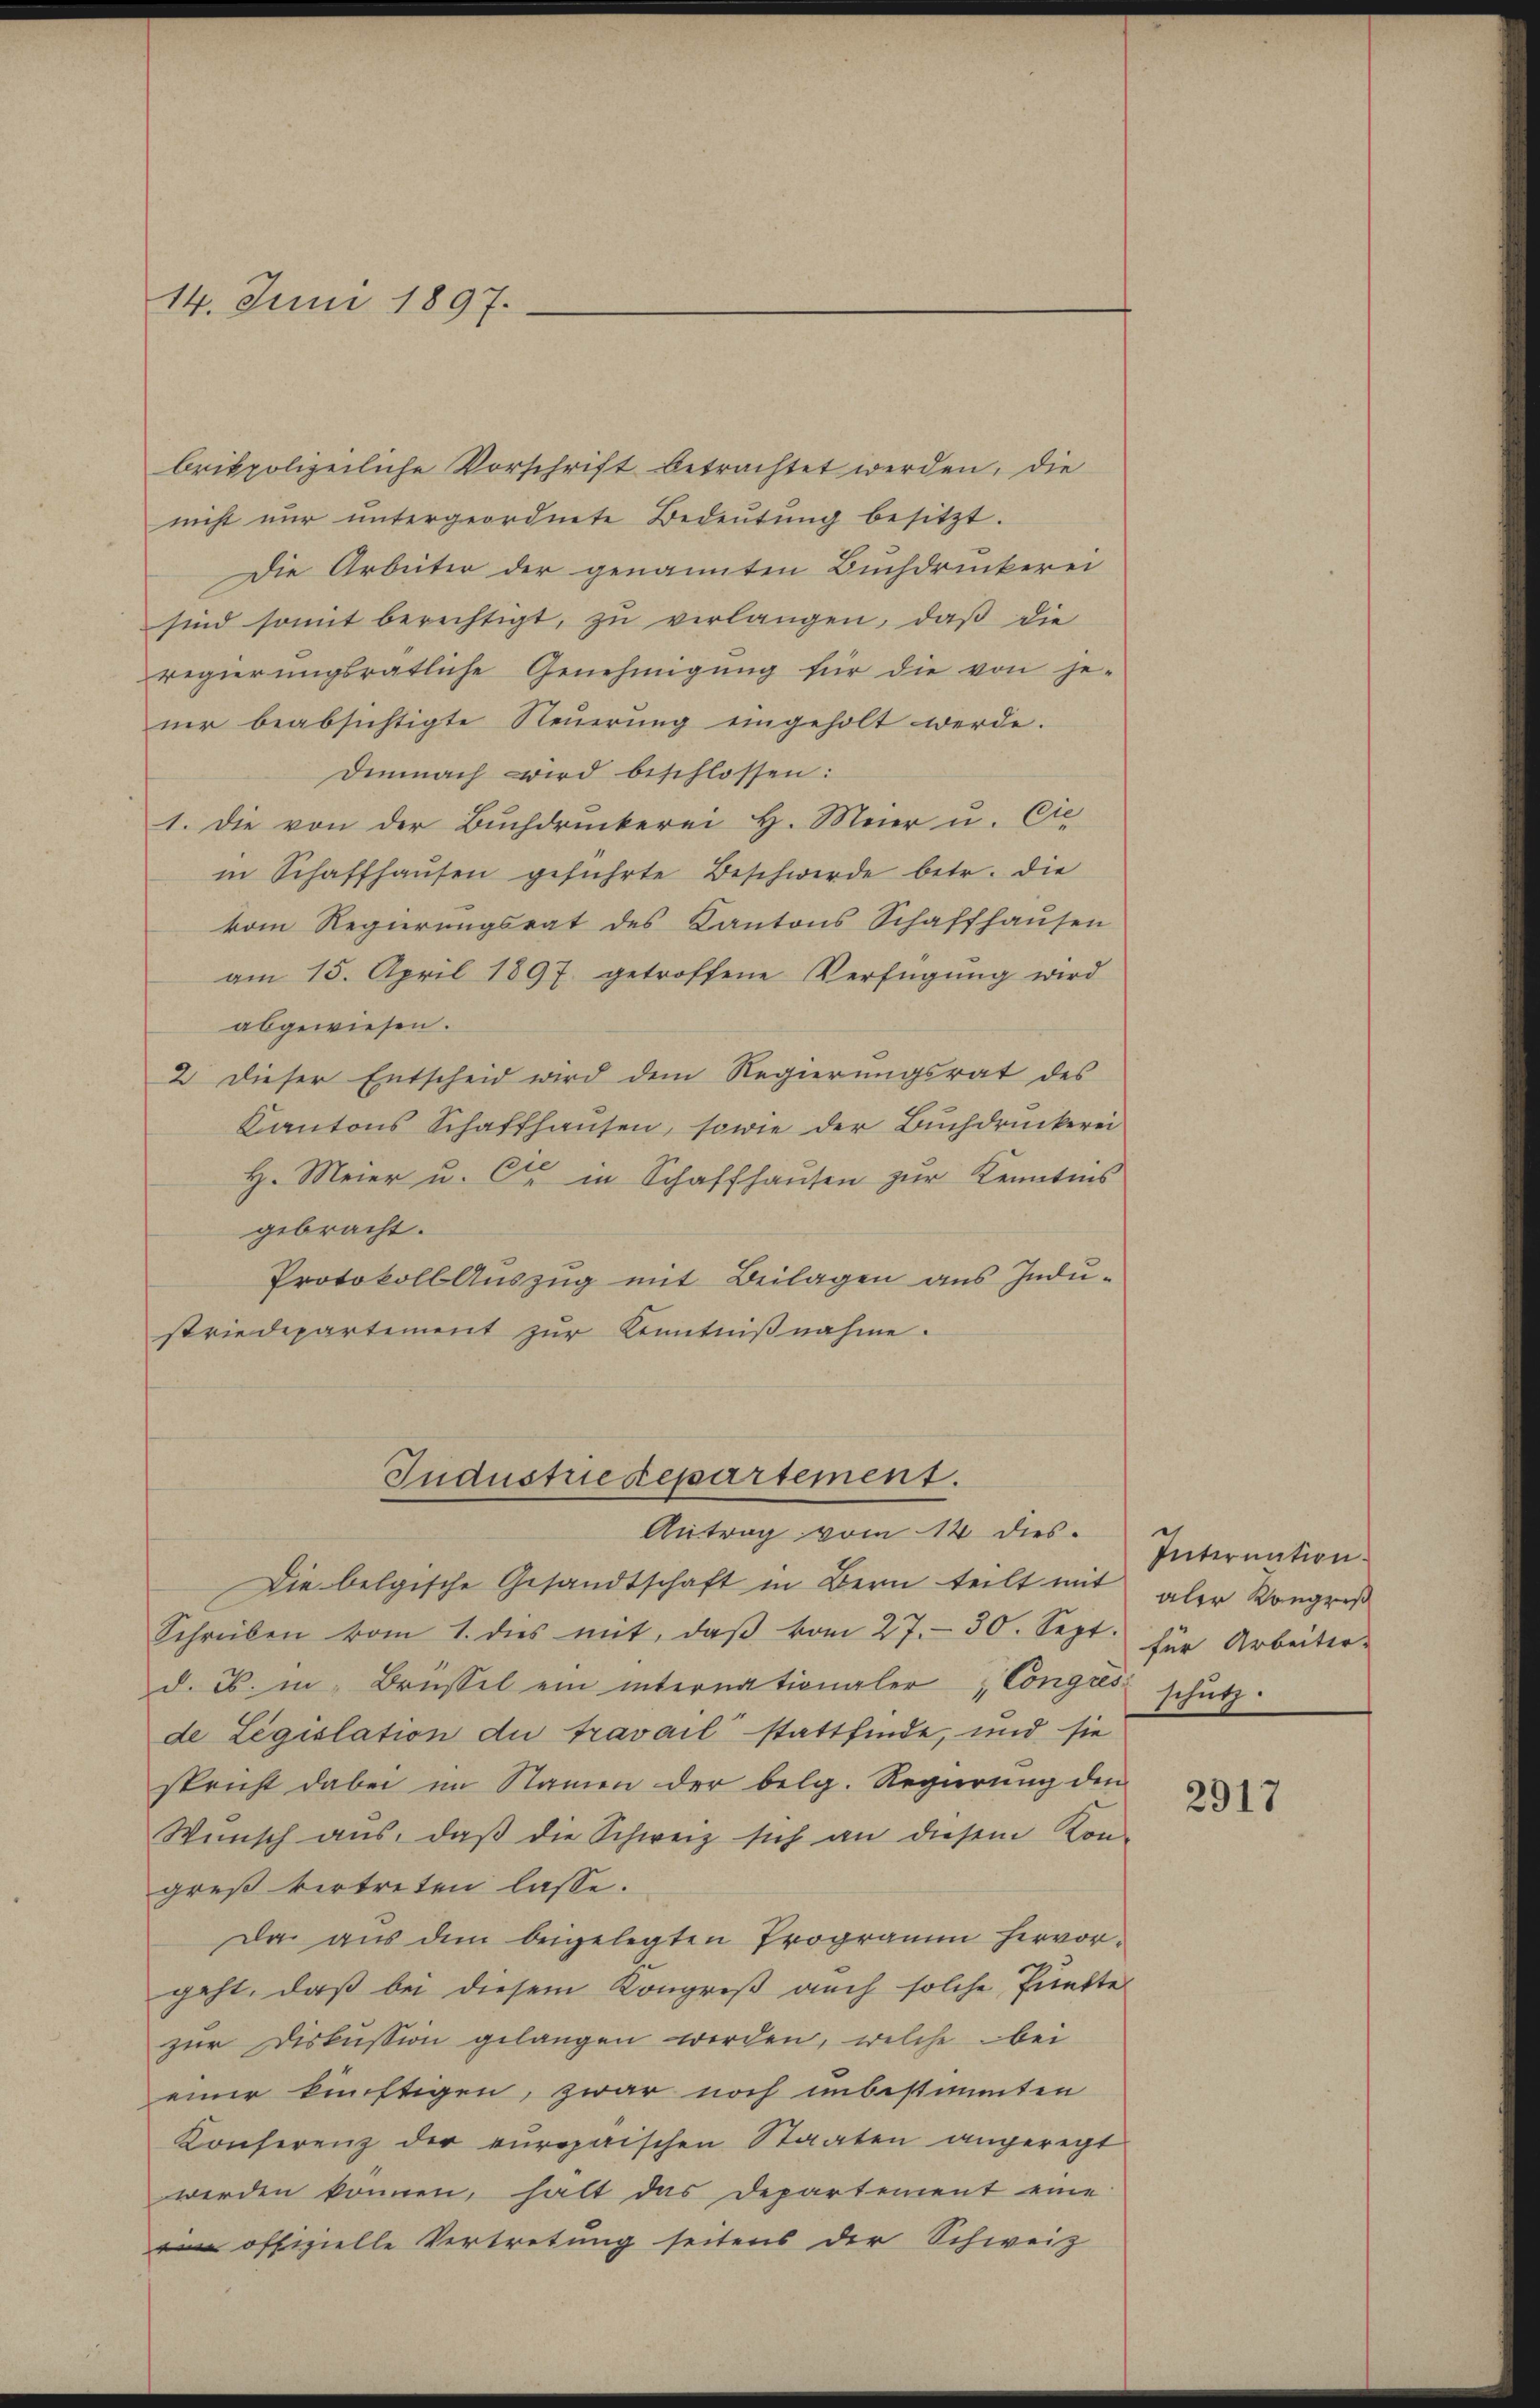
14. Juni 1897.

brikpolizeiliche Vorschrift betrachtet werden, die
nicht nŭr ŭntergeordnete Bedeŭtŭng besitzt.
Die Arbeiter der genannten Buchdruckerei
sind somit berechtigt, zu verlangen, daß die
regierŭngsrätliche Genehmigŭng für die von je-
ner beabsichtigte Steuerung eingeholt werde.
Demnach wird beschlossen:
1. Die von der Buchdruckerei H. Meier u. Cie
in Schaffhaŭsen geführte Beschwerde betr. die
vom Regierŭngsrat des Kantons Schaffhaŭsen
am 15. April 1897 getroffene Verfügung wird
abgewiesen.
2 dieser Entscheid wird dem Regierungsrat des
Kantons Schaffhausen, sowie der Buchdruckerei
H. Meier u. Ce in Schaffhausen zur Kenntnis
gebracht.
Protokoll Auszug mit Beilagen aus Indu-
striedepartement zur Kenntnißnahme.

Industredepartement.
Antrag vom 14. dies

Die belgische Gesandtschaft in Bern teilt mit aler Kongreß
Schreiben vom 1. dies mit, daβ vom 27. 30. Sept. für Arbeiter-
d. 2. in Brüssel ein internationaler "Congres schŭtz.
de Legislation du travail stattfinde, und sie
spricht dabei im Namen der belg. Regierung den
Wünsch aus, daβ die Schweiz sich an diesem Kon-
greß vertreten lasse.
Da aus dem beigelegten Programm hervorgeht, daß bei diesem Kongreß auch solche Punkte
zur Diskussion gelangen werden, welche bei
einer künftigen, zwar noch unbestimmten
Konferenz der europäischen Staaten angeregt
werden können, hält das Departement eine
ein offizielle Vertretung seitens der Schweiz

Internation

2917